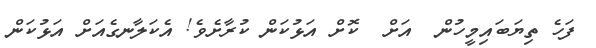
ފަހެ ތިޔަބައިމީހުން  އަށް  ކޮށް އަޅުކަން ކުރާށެވެ! އެކަލާނގެއަށް އަޅުކަން